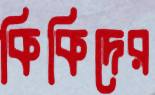
কিকিদের